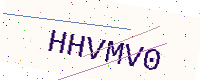
Text: HHVMV0